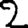
Digit: 2